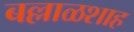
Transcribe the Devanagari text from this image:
बल्लाळशाह